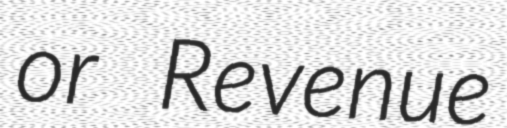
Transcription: or Revenue